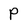
Character: P